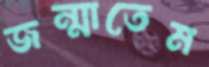
জন্মাতেম